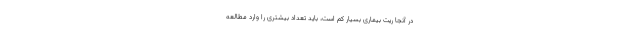
در آنجا ریت بیماری بسیار کم است، باید تعداد بیشتری را وارد مطالعه